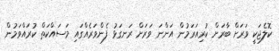
ކޮލެޖަކީ ވަރަށް ބާރަށް ކުރިއަރަމުން އަންނަ ވަރަށް ރަނގަޅު ފެންވަރެއްގައި މަސައްކަތް ކުރައްވަމުން